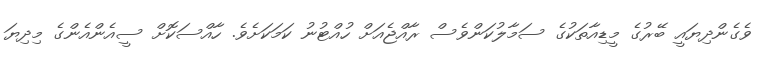
ވެގެންދިޔައީ ބޭރުގެ މީޑިއާތަކުގެ ސަމާލުކަންވެސް ރާއްޖެއަށް ހުއްޓުނު ކަމަކަށެވެ. ހާއްސަކޮށް ސީއެންއެންގެ މިދިޔަ